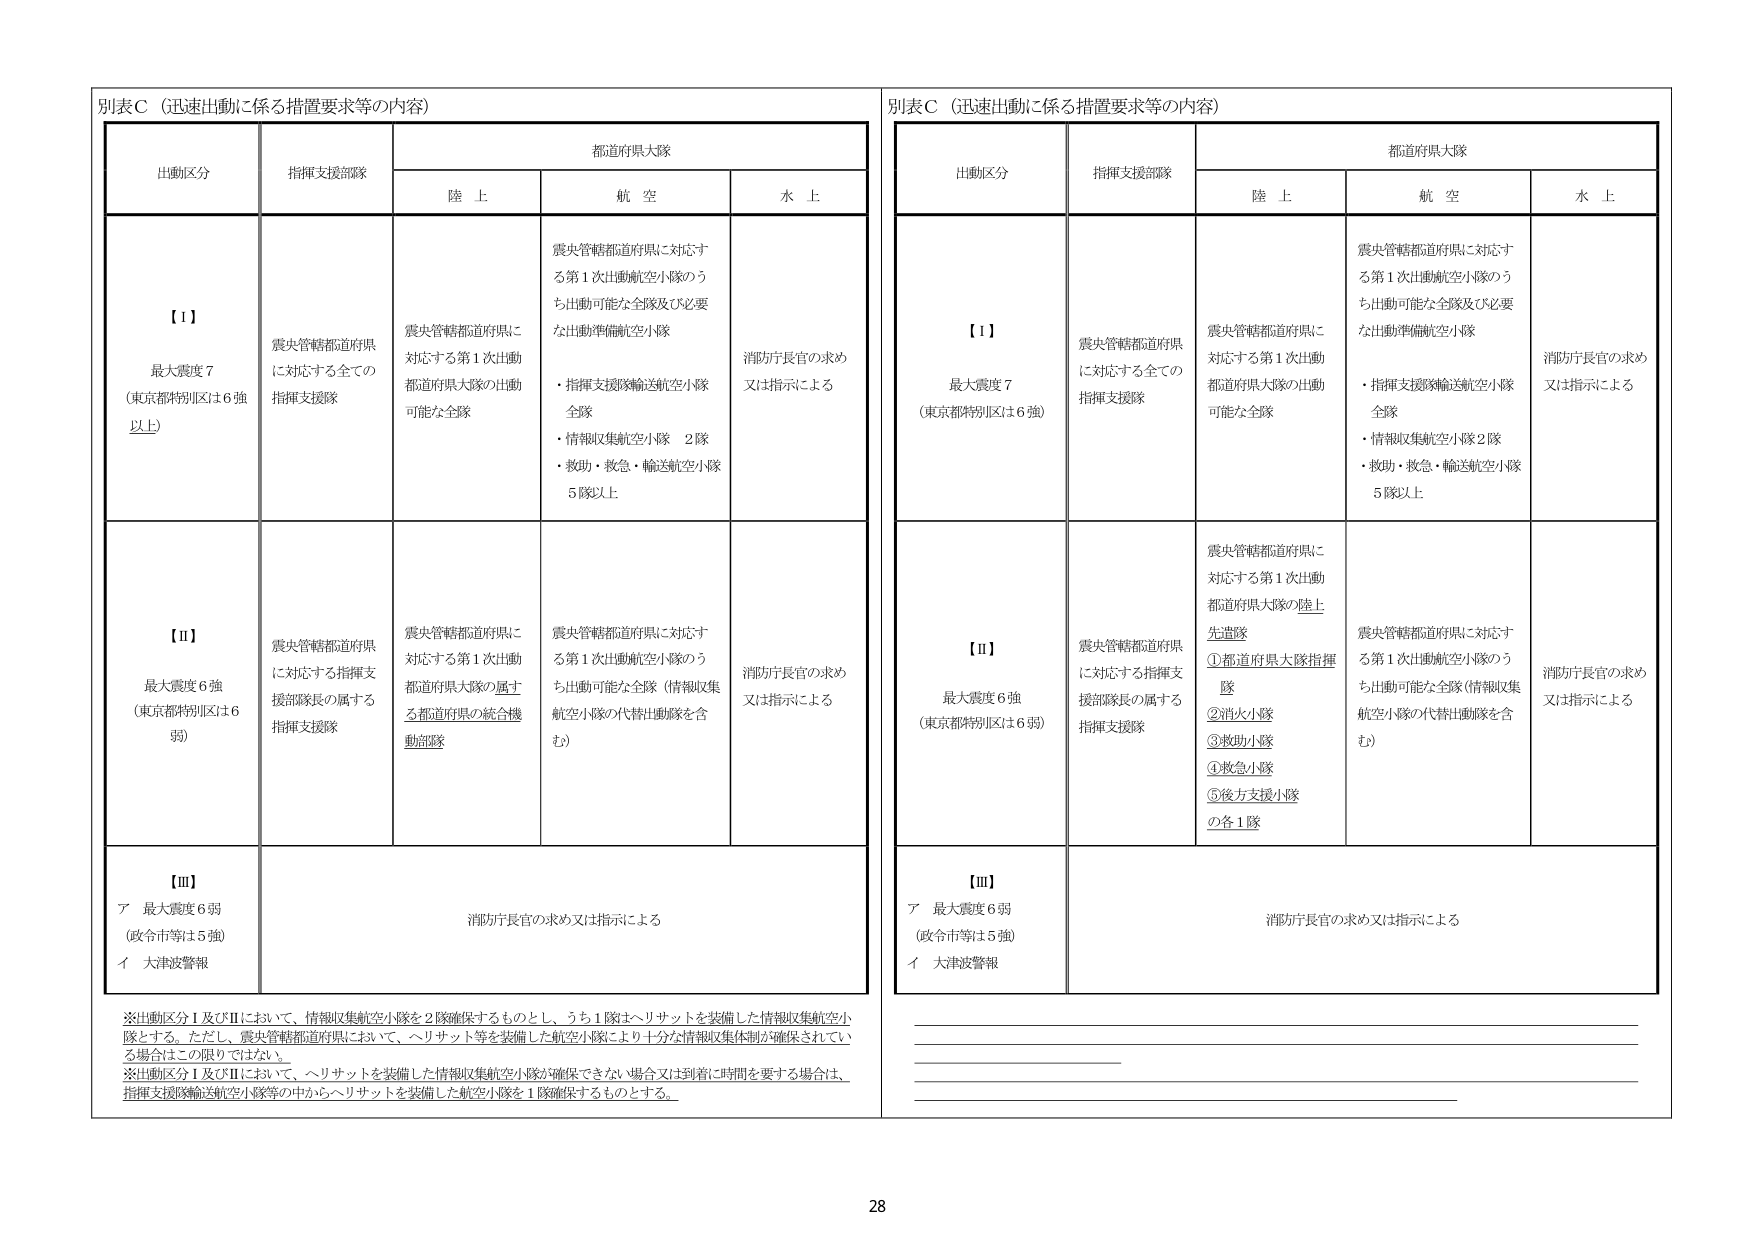
別表Ｃ（迅速出動に係る措置要求等の内容）

出動区分　　　　　　指揮支援部隊　　　　　　都道府県大隊
　　　　　　　　　　　　　　　　　　　　陸上　　　　　　航空　　　　　　水上

【Ⅰ】
最大震度７
（東京都特別区は６強以上）

震央管轄都道府県
に対応する全ての
指揮支援隊

震央管轄都道府県に
対応する第１次出動
都道府県大隊の出動
可能な全隊

震央管轄都道府県に対応す
る第１次出動航空小隊のう
ち出動可能な全隊及び必要
な出動準備航空小隊
・指揮支援隊輸送航空小隊
　全隊
・情報収集航空小隊　２隊
・救助・救急・輸送航空小隊
　５隊以上

消防庁長官の求め
又は指示による

【Ⅱ】
最大震度６強
（東京都特別区は６弱）

震央管轄都道府県
に対応する指揮支
援部隊長の属する
指揮支援隊

震央管轄都道府県に
対応する第１次出動
都道府県大隊の属す
る都道府県の統合機
動部隊

震央管轄都道府県に対応す
る第１次出動航空小隊のう
ち出動可能な全隊（情報収集
航空小隊の代替出動隊を含
む）

消防庁長官の求め
又は指示による

【Ⅲ】
ア 最大震度６弱
（政令市等は５強）
イ 大津波警報

消防庁長官の求め又は指示による

※出動区分Ⅰ及びⅡにおいて、情報収集航空小隊を２隊確保するものとし、うち１隊はヘリサットを装備した情報収集航空小隊とする。ただし、震央管轄都道府県において、ヘリサット等を装備した航空小隊により十分な情報収集体制が確保されている場合はこの限りではない。
※出動区分Ⅰ及びⅡにおいて、ヘリサットを装備した情報収集航空小隊が確保できない場合又は到着に時間を要する場合は、指揮支援隊輸送航空小隊等の中からヘリサットを装備した航空小隊を１隊確保するものとする。

別表Ｃ（迅速出動に係る措置要求等の内容）

出動区分　　　　　　指揮支援部隊　　　　　　都道府県大隊
　　　　　　　　　　　　　　　　　　　　陸上　　　　　　航空　　　　　　水上

【Ⅰ】
最大震度７
（東京都特別区は６強）

震央管轄都道府県
に対応する全ての
指揮支援隊

震央管轄都道府県に
対応する第１次出動
都道府県大隊の出動
可能な全隊

震央管轄都道府県に対応す
る第１次出動航空小隊のう
ち出動可能な全隊及び必要
な出動準備航空小隊
・指揮支援隊輸送航空小隊
　全隊
・情報収集航空小隊２隊
・救助・救急・輸送航空小隊
　５隊以上

消防庁長官の求め
又は指示による

【Ⅱ】
最大震度６強
（東京都特別区は６弱）

震央管轄都道府県
に対応する指揮支
援部隊長の属する
指揮支援隊

震央管轄都道府県に
対応する第１次出動
都道府県大隊の陸上
先遣隊
①都道府県大隊指揮
　隊
②消火小隊
③救助小隊
④救急小隊
⑤後方支援小隊
　の各１隊

震央管轄都道府県に対応す
る第１次出動航空小隊のう
ち出動可能な全隊（情報収集
航空小隊の代替出動隊を含
む）

消防庁長官の求め
又は指示による

【Ⅲ】
ア 最大震度６弱
（政令市等は５強）
イ 大津波警報

消防庁長官の求め又は指示による

28